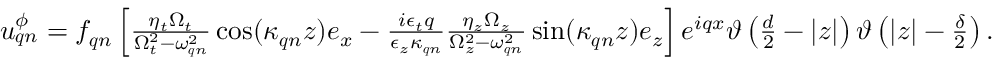
\begin{array} { r } { \boldsymbol { u } _ { \boldsymbol { q } n } ^ { \phi } = f _ { \boldsymbol { q } n } \left[ \frac { \eta _ { t } \Omega _ { t } } { \Omega _ { t } ^ { 2 } - \omega _ { \boldsymbol { q } n } ^ { 2 } } \cos ( \kappa _ { \boldsymbol { q } n } z ) \boldsymbol { e } _ { x } - \frac { i \epsilon _ { t } q } { \epsilon _ { z } \kappa _ { \boldsymbol { q } n } } \frac { \eta _ { z } \Omega _ { z } } { \Omega _ { z } ^ { 2 } - \omega _ { \boldsymbol { q } n } ^ { 2 } } \sin ( \kappa _ { \boldsymbol { q } n } z ) \boldsymbol { e } _ { z } \right] e ^ { i q x } \vartheta \left( \frac { d } { 2 } - | z | \right) \vartheta \left( | z | - \frac { \delta } { 2 } \right) . } \end{array}